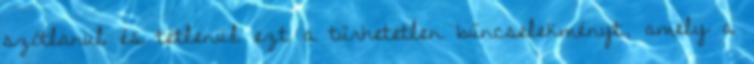
szótlanul és tétlenül ezt a tűrhetetlen bűncselekményt, amely a